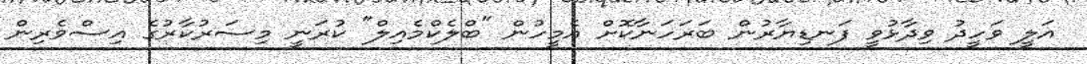
އަލީ ވަހީދު ވިދާޅުވީ ފަނޑިޔާރުން ބަރަހަނާކޮށް އެމީހުން "ބްލެކްމެއިލް" ކުރަނީ މިސަރުކާރުގެ އިސްވެރިން